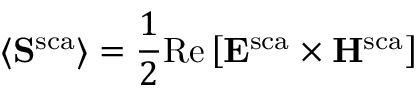
\langle \mathbf { S } ^ { \mathrm { s c a } } \rangle = \frac { 1 } { 2 } \mathrm { R e } \left[ \mathbf { E } ^ { \mathrm { s c a } } \times \mathbf { H } ^ { \mathrm { s c a } } \right]